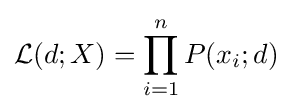
{\mathcal {L}}(d;X)=\prod _{i=1}^{n}P(x_{i};d)